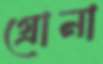
গ্রোনা